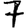
Digit: 7